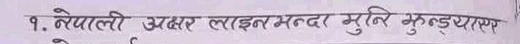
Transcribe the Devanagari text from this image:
१. नेपाली अक्षर लाइनभन्दा मुनि झुण्‌ड्याएर